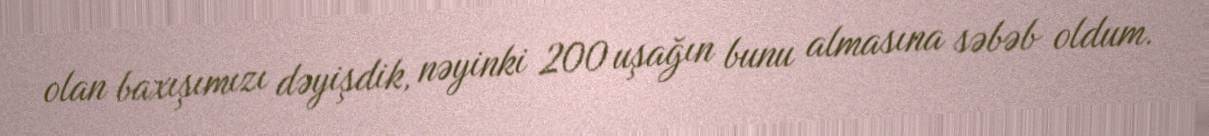
olan baxışımızı dəyişdik, nəyinki 200 uşağın bunu almasına səbəb oldum.